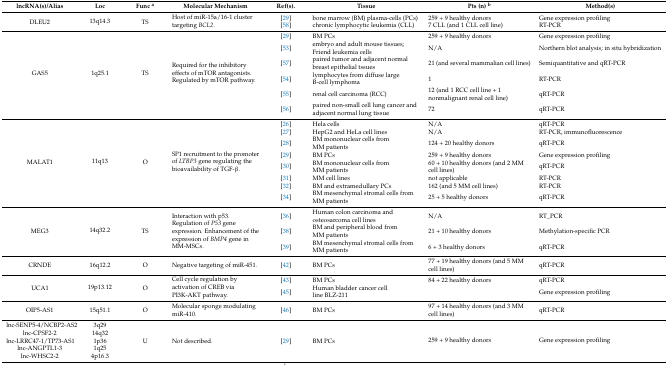
<table><thead><tr><td><b>lncRNA(s)/Alias</b></td><td><b>Loc</b></td><td><b>Func <sup>a</sup></b></td><td><b>Molecular Mechanism</b></td><td><b>Ref(s).</b></td><td><b>Tissue</b></td><td><b>Pts (n) <sup>b</sup></b></td><td><b>Method(s)</b></td></tr></thead><tbody><tr><td rowspan="2">DLEU2</td><td rowspan="2">13q14.3</td><td rowspan="2">TS</td><td rowspan="2">Host of miR-15a/16-1 cluster targeting <i>BCL2</i>.</td><td>[29]</td><td>bone marrow (BM) plasma-cells (PCs)</td><td>259 + 9 healthy donors</td><td>Gene expression profiling</td></tr><tr><td>[58]</td><td>chronic lymphocytic leukemia (CLL)</td><td>7 CLL (and 1 CLL cell line)</td><td>RT-PCR</td></tr><tr><td rowspan="6">GAS5</td><td rowspan="6">1q25.1</td><td rowspan="6">TS</td><td rowspan="6">Required for the inhibitory effects of mTOR antagonists. Regulated by mTOR pathway.</td><td>[29]</td><td>BM PCs</td><td>259 + 9 healthy donors</td><td>Gene expression profiling</td></tr><tr><td>[53]</td><td>embryo and adult mouse tissues; Friend leukemia cells</td><td>N/A</td><td>Northern blot analysis; in situ hybridization</td></tr><tr><td>[57]</td><td>paired tumor and adjacent normal breast epithelial tssues</td><td>21 (and several mammalian cell lines)</td><td>Semiquantitative and qRT-PCR</td></tr><tr><td>[54]</td><td>lymphocytes from diffuse large B-cell lymphoma</td><td>1</td><td>RT-PCR</td></tr><tr><td>[55]</td><td>renal cell carcinoma (RCC)</td><td>12 (and 1 RCC cell line + 1 nonmalignant renal cell line)</td><td>qRT-PCR</td></tr><tr><td>[56]</td><td>paired non-small cell lung cancer and adjacent normal lung tissue</td><td>72</td><td>qRT-PCR</td></tr><tr><td rowspan="8">MALAT1</td><td rowspan="8">11q13</td><td rowspan="8">O</td><td rowspan="8">SP1 recruitment to the promoter of <i>LTBP3</i> gene regulating the bioavailability of TGF-β.</td><td>[26]</td><td>Hela cells </td><td>N/A</td><td>qRT-PCR</td></tr><tr><td>[27]</td><td>HepG2 and HeLa cell lines</td><td>N/A</td><td>RT-PCR, immunofluorescence</td></tr><tr><td>[28]</td><td>BM mononuclear cells from MM patients</td><td>124 + 20 healthy donors</td><td>qRT-PCR</td></tr><tr><td>[29]</td><td>BM PCs</td><td>259 + 9 healthy donors</td><td>Gene expression profiling</td></tr><tr><td>[30]</td><td>BM mononuclear cells from MM patients</td><td>60 + 10 healthy donors (and 2 MM cell lines)</td><td>qRT-PCR</td></tr><tr><td>[31]</td><td>MM cell lines</td><td>not applicable</td><td>RT-PCR</td></tr><tr><td>[32]</td><td>BM and extramedullary PCs</td><td>162 (and 5 MM cell lines)</td><td>RT-PCR</td></tr><tr><td>[34]</td><td>BM mesenchymal stromal cells from MM patients</td><td>25 + 5 healthy donors</td><td>qRT-PCR</td></tr><tr><td rowspan="3">MEG3</td><td rowspan="3">14q32.2</td><td rowspan="3">TS</td><td rowspan="3">Interaction with p53. Regulation of <i>P53</i> gene expression. Enhancement of the expression of <i>BMP4</i> gene in MM-MSCs.</td><td>[36]</td><td>Human colon carcinoma and osteosarcoma cell lines</td><td>N/A</td><td>RT_PCR</td></tr><tr><td>[38]</td><td>BM and peripheral blood from MM patients</td><td>21 + 10 healthy donors</td><td>Methylation-specific PCR</td></tr><tr><td>[39]</td><td>BM mesenchymal stromal cells from MM patients</td><td>6 + 3 healthy donors</td><td>qRT-PCR</td></tr><tr><td>CRNDE</td><td>16q12.2</td><td>O</td><td>Negative targeting of miR-451.</td><td>[42]</td><td>BM PCs</td><td>77 + 19 healthy donors (and 5 MM cell lines)</td><td>qRT-PCR</td></tr><tr><td rowspan="2">UCA1</td><td rowspan="2">19p13.12</td><td rowspan="2">O</td><td rowspan="2">Cell cycle regulation by activation of CREB via PI3K-AKT pathway.</td><td>[43]</td><td>BM PCs</td><td>84 + 22 healthy donors</td><td>qRT-PCR</td></tr><tr><td>[45]</td><td>Human bladder cancer cell line BLZ-211</td><td></td><td>Gene expression profiling</td></tr><tr><td>OIP5-AS1</td><td>15q51.1</td><td>O</td><td>Molecular sponge modulating miR-410.</td><td>[46]</td><td>BM PCs</td><td>97 + 14 healthy donors (and 3 MM cell lines)</td><td>qRT-PCR</td></tr><tr><td>lnc-SENP5-4/NCBP2-AS2 </td><td>3q29</td><td rowspan="5">U</td><td rowspan="5">Not described.</td><td rowspan="5">[29]</td><td rowspan="5">BM PCs</td><td rowspan="5">259 + 9 healthy donors</td><td rowspan="5">Gene expression profiling</td></tr><tr><td>lnc-CPSF2-2</td><td>14q32</td></tr><tr><td>lnc-LRRC47-1/TP73-AS1</td><td>1p36</td></tr><tr><td>lnc-ANGPTL1-3</td><td>1q25</td></tr><tr><td>lnc-WHSC2-2</td><td>4p16.3</td></tr></tbody></table>